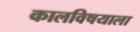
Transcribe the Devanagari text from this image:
कालविषयाला